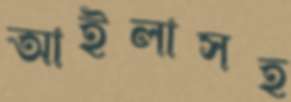
আইলাসহ